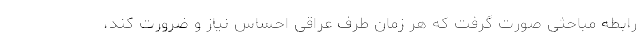
رابطه مباحثی صورت گرفت که هر زمان طرف عراقی احساس نیاز و ضرورت کند،